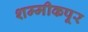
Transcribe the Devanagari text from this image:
शम्मीकपूर